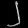
Digit: ၂